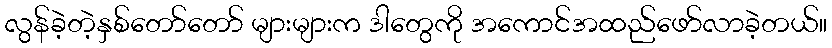
လွန်ခဲ့တဲ့နှစ်တော်တော် များများက ဒါတွေကို အကောင်အထည်ဖော်လာခဲ့တယ်။